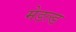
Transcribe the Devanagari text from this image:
मेडल्ड